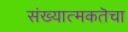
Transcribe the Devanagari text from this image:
संख्यात्मकतॆचा